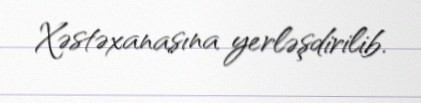
Xəstəxanasına yerləşdirilib.